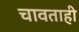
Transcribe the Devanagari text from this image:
चावताही